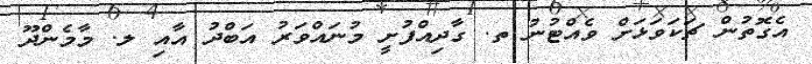
އެގޮތުން ޗަކަވަޅަށް ވެއްޓުނު ތ. ގާދިއްފުށީ މުނައްވަރު އަބްދު އާއި ލ. މާމެންދޫ